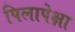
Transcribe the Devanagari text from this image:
पिलापेक्षा